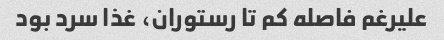
علیرغم فاصله کم تا رستوران، غذا سرد بود